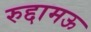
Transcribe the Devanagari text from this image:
रुद्दामऊ